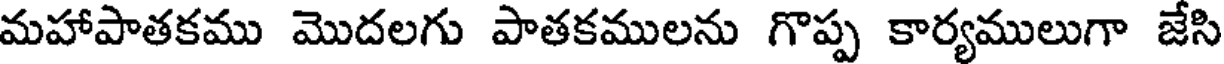
మహాపాతకము మొదలగు పాతకములను గొప్ప కార్యములుగా జేసి